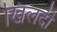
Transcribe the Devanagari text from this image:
खिलदी